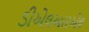
ડીએલઆરએલ